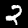
Label: 2